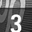
Digit: 3